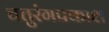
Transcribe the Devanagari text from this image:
चतुरंगप्रकाश